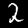
Label: 2